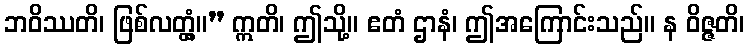
ဘဝိဿတိ၊ ဖြစ်လတ္တံ့။” ဣတိ၊ ဤသို့။ ဧတံ ဌာနံ၊ ဤအကြောင်းသည်။ န ဝိဇ္ဇတိ၊